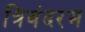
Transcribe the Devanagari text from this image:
त्रिवंदरम